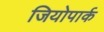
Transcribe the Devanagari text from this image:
जियोपार्क